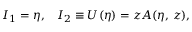
I _ { 1 } = \eta , \; \; \; I _ { 2 } \equiv U ( \eta ) = z A ( \eta , \, z ) ,